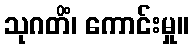
သုဂတိံ၊ ကောင်းမှု။